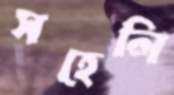
সহেলি